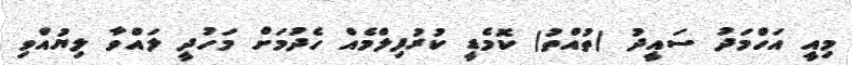
މިއީ އަހްމަދު ސައީދު (ތުއްތު) ކޮމެޑީ ކުރުފިލްމެއް ހެދުމަށް މަހުދީ ލައްވާ ލިޔުއްވި